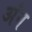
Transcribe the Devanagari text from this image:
अंन